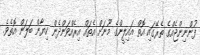
ފުންނިންޖެއްގެ ތެރޭގައި އޮތް އައިލީންގެ މޫނަށް އެތައް އިރެއްވަންދެން ކިޔާން ބަލަން އޮތެވެ.